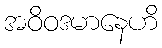
အဝိဝဒမာနေဟိ